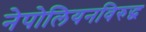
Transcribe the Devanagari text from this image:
नेपोलियनविरुद्ध